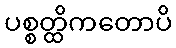
ပစ္စတ္ထိကတောပိ